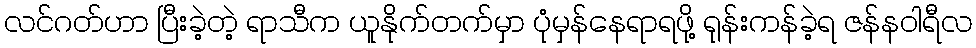
လင်ဂတ်ဟာ ပြီးခဲ့တဲ့ ရာသီက ယူနိုက်တက်မှာ ပုံမှန်နေရာရဖို့ ရုန်းကန်ခဲ့ရ ဇန်နဝါရီလ